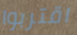
اقتربوا